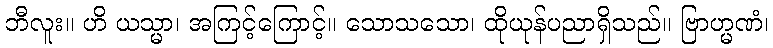
ဘီလူး။ ဟိ ယသ္မာ၊ အကြင့်ကြောင့်။ သောသသော၊ ထိုယုန်ပညာရှိသည်။ ဗြာဟ္မဏံ၊